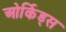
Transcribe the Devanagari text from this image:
ओर्किड्स